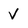
Character: V